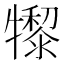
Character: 𤛺